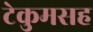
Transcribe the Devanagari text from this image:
टेकुमसह